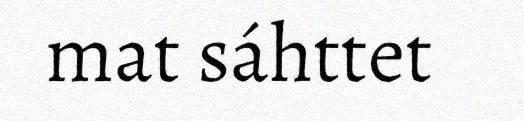
mat sáhttet